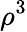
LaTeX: \rho^{3}